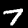
Label: 7